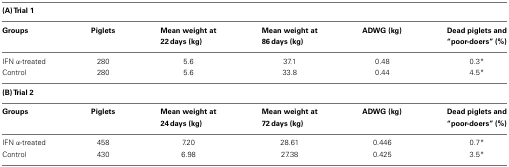
<table><thead><tr><td colspan="6"><b>(A) Trial 1</b></td></tr><tr><td><b>Groups</b></td><td><b>Piglets</b></td><td><b>Mean weight at 22 days (kg)</b></td><td><b>Mean weight at 86 days (kg)</b></td><td><b>ADWG (kg)</b></td><td><b>Dead piglets and “poor-doers” (%)</b></td></tr></thead><tbody><tr><td>IFN α-treated</td><td>280</td><td>5.6</td><td>37.1</td><td>0.48</td><td>0.3*</td></tr><tr><td>Control</td><td>280</td><td>5.6</td><td>33.8</td><td>0.44</td><td>4.5*</td></tr><tr><td colspan="6"><b>(B) Trial 2</b></td></tr><tr><td><b>Groups</b></td><td><b>Piglets</b></td><td><b>Mean weight at 24 days (kg)</b></td><td><b>Mean weight at 72 days (kg)</b></td><td><b>ADWG (kg)</b></td><td><b>Dead piglets and “poor-doers” (%)</b></td></tr><tr><td>IFN α-treated</td><td>458</td><td>7.20</td><td>28.61</td><td>0.446</td><td>0.7*</td></tr><tr><td>Control</td><td>430</td><td>6.98</td><td>27.38</td><td>0.425</td><td>3.5*</td></tr></tbody></table>